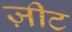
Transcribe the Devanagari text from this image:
ज़ीट